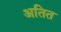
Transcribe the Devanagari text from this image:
अतित